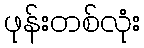
ဖုန်းတစ်လုံး